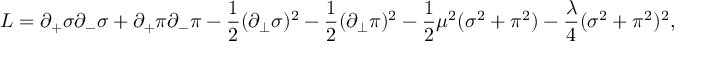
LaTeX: { \cal L } = \partial _ { + } \sigma \partial _ { - } \sigma + \partial _ { + } \pi \partial _ { - } \pi - \frac { 1 } { 2 } ( \partial _ { \bot } \sigma ) ^ { 2 } - \frac { 1 } { 2 } ( \partial _ { \bot } \pi ) ^ { 2 } - \frac { 1 } { 2 } \mu ^ { 2 } ( \sigma ^ { 2 } + \pi ^ { 2 } ) - \frac { \lambda } { 4 } ( \sigma ^ { 2 } + \pi ^ { 2 } ) ^ { 2 } ,